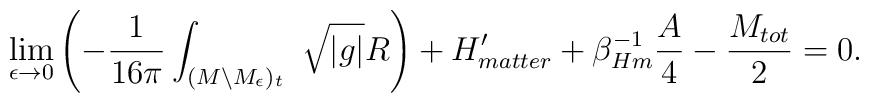
\lim_{\epsilon \rightarrow 0} \left( -{1\over16\pi}\int_{(M \backslash M_\epsilon )_t}\ \sqrt{ |g| } R \right) +H^\prime_{matter} + \beta_{Hm}^{-1} {A\over 4} - { M_{tot}\over2}=0.